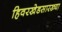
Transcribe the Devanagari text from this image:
हिवरखेडसारख्या